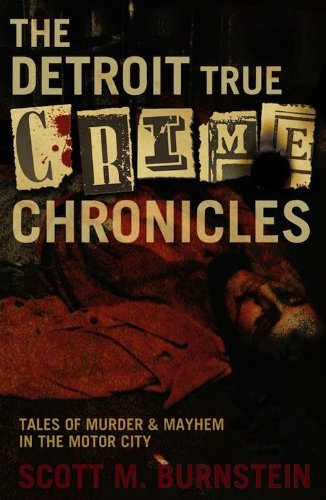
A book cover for The Detroit True Crime Chronicles: Tales of Murder and Mayhem in the Motor City; Scott M. Burnstein; Biographies & Memoirs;